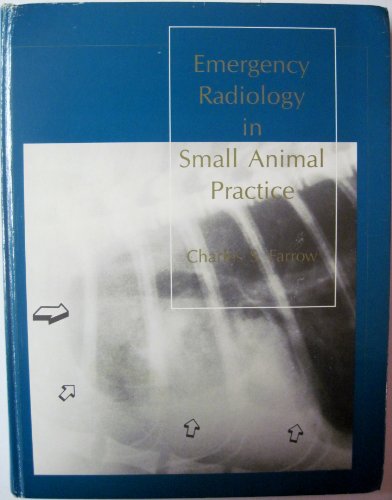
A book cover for Emergency Radiology in Small Animal Practice; Charles S. Farrow; Medical Books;